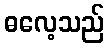
ဓလေ့သည်